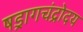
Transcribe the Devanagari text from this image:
षड्रागचंद्रोदय